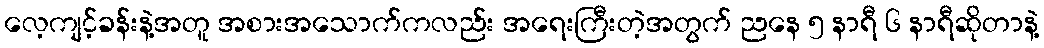
လေ့ကျင့်ခန်းနဲ့အတူ အစားအသောက်ကလည်း အရေးကြီးတဲ့အတွက် ညနေ ၅ နာရီ ၆ နာရီဆိုတာနဲ့